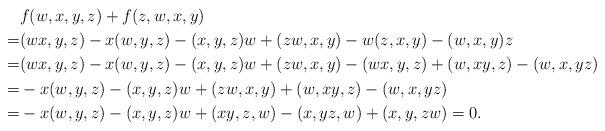
LaTeX: \begin{align*} &f(w,x,y,z)+f(z,w,x,y)&\\ =&(wx,y,z)-x(w,y,z)-(x,y,z)w+(zw,x,y)-w(z,x,y)-(w,x,y)z&\\ =&(wx,y,z)-x(w,y,z)-(x,y,z)w+(zw,x,y)-(wx,y,z)+(w,xy,z)-(w,x,yz)&\\ =&-x(w,y,z)-(x,y,z)w+(zw,x,y)+(w,xy,z)-(w,x,yz)&\\ =&-x(w,y,z)-(x,y,z)w+(xy,z,w)-(x,yz,w)+(x,y,zw)=0.&\end{align*}